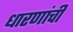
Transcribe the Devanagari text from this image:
धारणांची